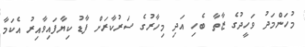
މުހަންމަދު ވަހީދުގެ ޒާތާ ބެހި އަދި މިހާރުގެ ސަރުކާރަށް ފާޑު ކިޔާފައިވާއިރު އެކަމާ